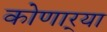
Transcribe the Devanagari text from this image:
कोणार्‍या